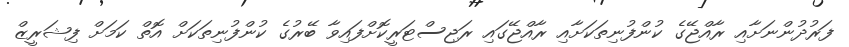
ފަރުދުންނަށާއި ރާއްޖޭގެ ކުންފުނިތަކަށާއި ރާއްޖޭގައި ރަޖިސްޓަރީކޮށްފައިވާ ބޭރުގެ ކުންފުނިތަކަށް އޮތް ކަމަށް ފިޝަރީޒް